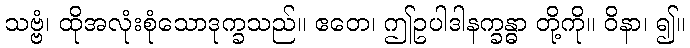
သဗ္ဗံ၊ ထိုအလုံးစုံသောဒုက္ခသည်။ ဧတေ၊ ဤဥပါဒါနက္ခန္ဓာ တို့ကို။ ဝိနာ၊ ၍။